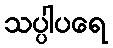
သပ္ပါပရေ